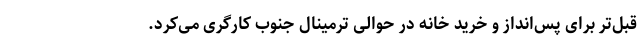
قبل‌تر برای پس‌انداز و خرید خانه در حوالی ترمینال جنوب کارگری می‌کرد.